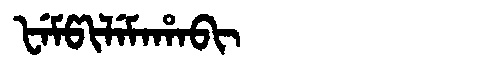
Manchu: ᡶᡝᠮᡦᡳᠯᡝᠮᠠᡥᠠᠪᡳ
Romanization: FEMPILEMAHABI